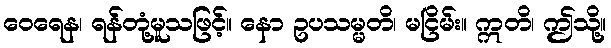
ဝေရေန၊ ရန်တုံ့မူသဖြင့်။ နော ဥပသမ္မတိ၊ မငြိမ်း။ ဣတိ၊ ဤသို့။